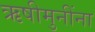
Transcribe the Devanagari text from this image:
ऋषीमुनींना